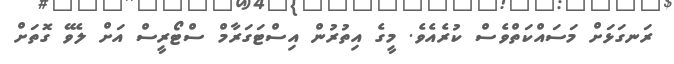
ރަނގަޅަށް މަސައްކަތްވެސް ކުރެއެވެ. މީގެ އިތުރުން އިސްޓަގަރާމް ސްޓޯރީސް އަށް ލެވޭ ގޮތަށް